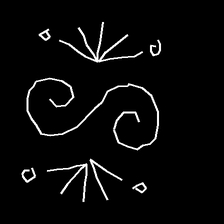
Glyph: aeroform